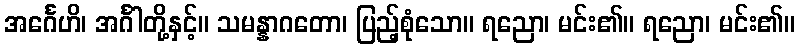
အင်္ဂေဟိ၊ အင်္ဂါတို့နှင့်။ သမန္နာဂတော၊ ပြည့်စုံသော။ ရညော၊ မင်း၏။ ရညော၊ မင်း၏။